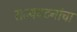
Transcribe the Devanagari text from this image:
राज्यघटनांचा